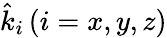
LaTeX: \hat{k}_{i}\, (i=x,y,z)